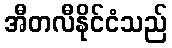
အီတလီနိုင်ငံသည်